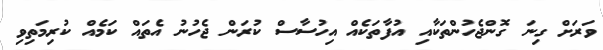
ވަރަށް ގިނަ ގޮންޖެހުންތަކާއި އުފާތަކެއް އިހުސާސް ކުރަން ޖެހުނު އެތައް ކަމެއް ކުރިމަތިވި